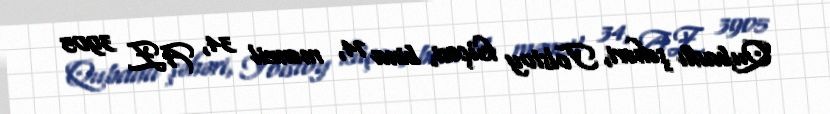
Qubadlı şəhəri, Tolstoy küçəsi, bina 74, mənzil 34, AZ 3905